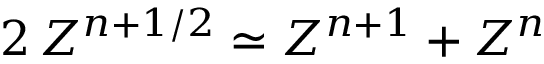
2 \, Z ^ { n + 1 / 2 } \simeq Z ^ { n + 1 } + Z ^ { n }